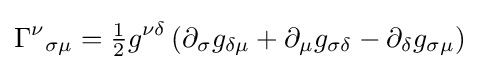
{\Gamma ^{\nu }}_{\sigma \mu }={\tfrac {1}{2}}g^{\nu \delta }\left(\partial _{\sigma }g_{\delta \mu }+\partial _{\mu }g_{\sigma \delta }-\partial _{\delta }g_{\sigma \mu }\right)